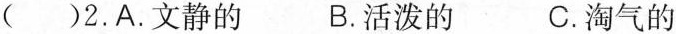
( )2.A.文静的 B.活泼的 C.淘气的